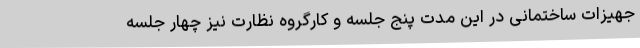
جهیزات ساختمانی در این مدت پنج جلسه و کارگروه نظارت نیز چهار جلسه